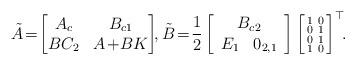
LaTeX: \begin{align*}\tilde{A} \!=\! \left[ \begin{matrix} A_c & B_{c1} \\ B C_2 & A \!+\! BK \end{matrix} \right]\!\!, \tilde{B} \!=\! \frac{1}{2}\left[ \begin{matrix} B_{c2} \\ \begin{array}{cc} E_1 & 0_{2, 1} \end{array} \end{matrix} \right] \left[ \begin{smallmatrix} 1 & 0 \\ 0 & 1 \\ 0 & 1 \\ 1 & 0 \end{smallmatrix} \right]^{\top}\!\!.\end{align*}